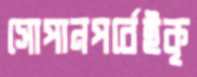
সোপানপর্বেইকৃ